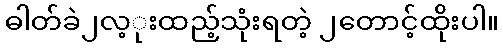
ဓါတ်ခဲ၂လ့ုးထည့်သုံးရတဲ့ ၂တောင့်ထိုးပါ။